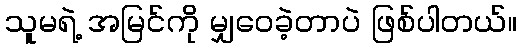
သူမရဲ့ အမြင်ကို မျှဝေခဲ့တာပဲ ဖြစ်ပါတယ်။